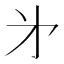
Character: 㐧